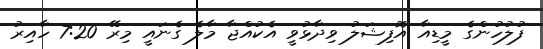
ފުލުހުންގެ މީޑިއާ އޮފިޝަލު ވިދާޅުވީ އެކުއްޖާ މާލެ ގެނައީ މިރޭ 7:20 ހާއިރު